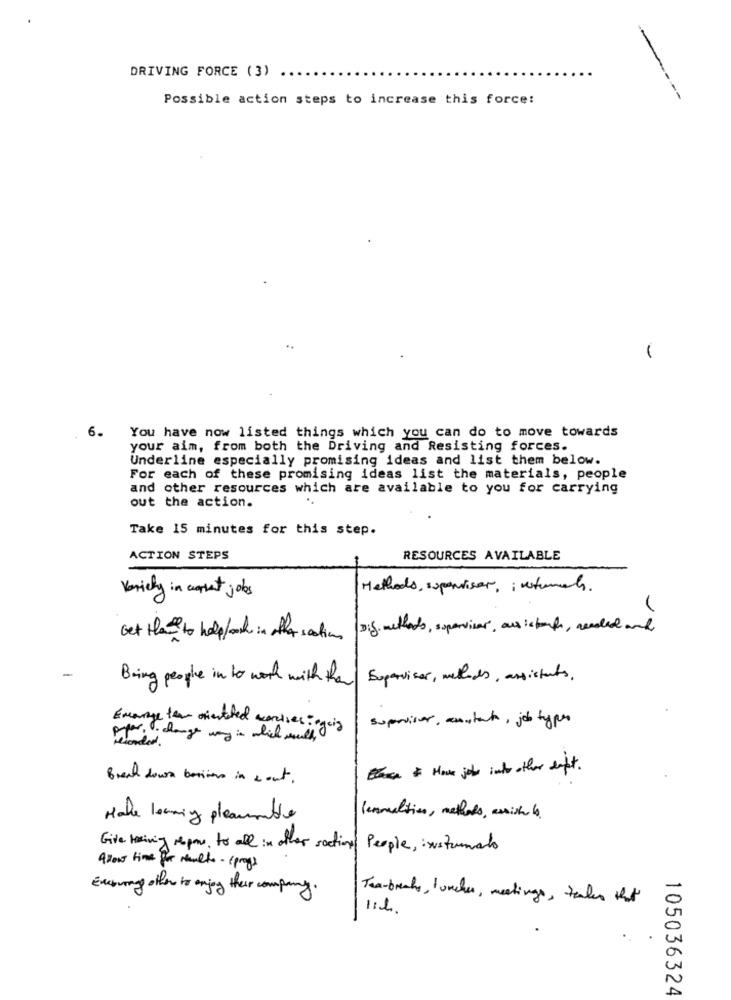
DRIVING FORCE (3)
Possible action steps to increase this force:
----
..
1
6.
You have now listed things which you can do to move towards
your aim, from both the Driving and Resisting forces.
Underline especially promising ideas and list them below.
For each of these promising ideas list the materials, people
and other resources which are available to you for carrying
out the action.
Take 15 minutes for this step.
ACTION STEPS
RESOURCES AVAILABLE
Variety in corrent jobs
Methods, supervisor, intemets.
Get than to help/och in other section Dig. methods, supervisor, assistant, recaled and
Bring people in to work with than Supervisor, methods, assistants.
supervisor, anytech , job types
Emerge fear orientated marcises: egois
por. . change way in which muligens
& Hove jobs into other dept .
Break down besitos in a out .
Male leaning pleaumble
lennultien, methods, essich 6.
Give training repone, to all in other section People, instruments
About time for multo - (progs
Encourage other to enjoy their company.
Tea-breaks, lunches, meetings, tenker that
1:1,
105036324